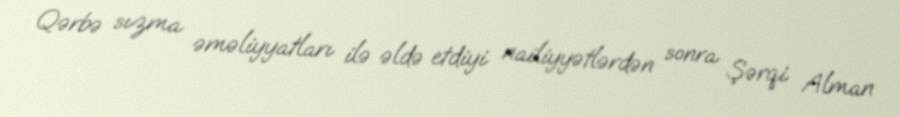
Qərbə sızma əməliyyatları ilə əldə etdiyi nailiyyətlərdən sonra Şərqi Alman